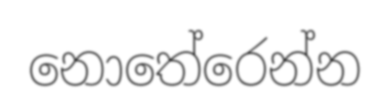
නොතේරෙන්න